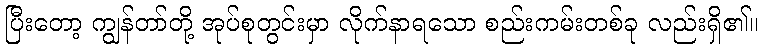
ပြီးတော့ ကျွန်တာ်တို့ အုပ်စုတွင်းမှာ လိုက်နာရသော စည်းကမ်းတစ်ခု လည်းရှိ၏။